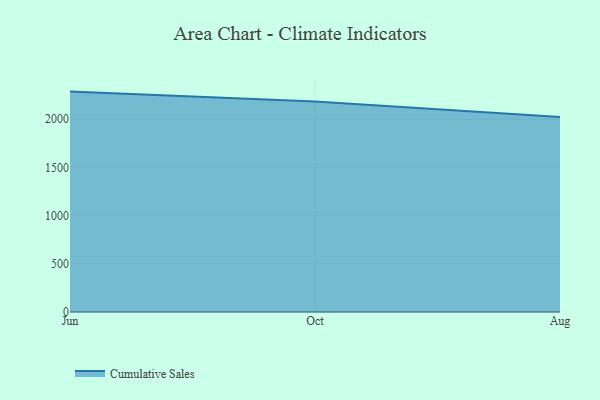
{"axis": {"x": "Month", "y": "Production Output"}, "legend": ["Cumulative Sales"], "data": [{"x": "Jun", "y": 2286.3, "type": "Cumulative Sales"}, {"x": "Oct", "y": 2182.5, "type": "Cumulative Sales"}, {"x": "Aug", "y": 2024.0, "type": "Cumulative Sales"}]}